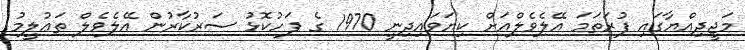
މަޖީދިއްޔާގައި ފުރަތަމަ އޭލެވެލްއަށް ކިޔަވައިދިނީ 1970 ގެ ފަހުކޮޅު ސަރުކާރުން އޭލެވެލް ތަޢުލީމު